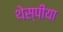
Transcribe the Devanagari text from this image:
थेस्पीया